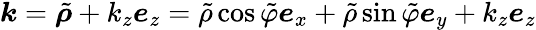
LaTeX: \boldsymbol{k}=\tilde{\boldsymbol{\rho}}+k_{z}\boldsymbol{e}_{z}=\tilde{\rho}\cos\tilde{\varphi}\boldsymbol{e}_{x}+\tilde{\rho}\sin\tilde{\varphi}\boldsymbol{e}_{y}+k_{z}\boldsymbol{e}_{z}